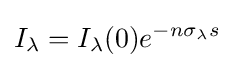
I_{\lambda }=I_{\lambda }(0)e^{-n\sigma _{\lambda }s}